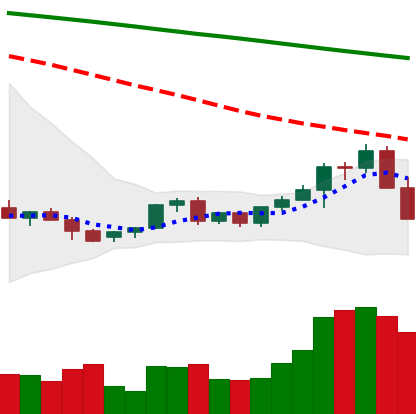
Ticker: LINK-USD
Chart end date: 2022-06-11
Forward return: -9.689%
Label: down_7plus